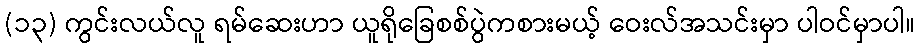
(၁၃) ကွင်းလယ်လူ ရမ်ဆေးဟာ ယူရိုခြေစစ်ပွဲကစားမယ့် ဝေးလ်အသင်းမှာ ပါဝင်မှာပါ။